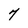
Character: 7